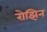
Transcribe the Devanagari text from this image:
रोझिन